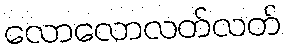
လောလောလတ်လတ်